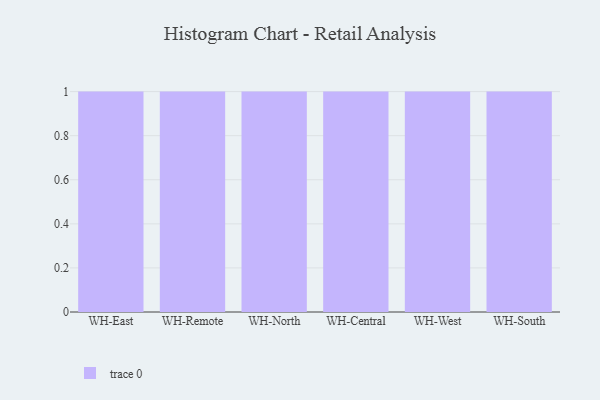
{"axis": {"x": "Warehouse", "y": "Gross Profit (USD K)"}, "legend": [""], "data": [{"x": "WH-East", "y": 82, "type": ""}, {"x": "WH-Remote", "y": 78, "type": ""}, {"x": "WH-North", "y": 10, "type": ""}, {"x": "WH-Central", "y": 27, "type": ""}, {"x": "WH-West", "y": 10, "type": ""}, {"x": "WH-South", "y": 66, "type": ""}]}